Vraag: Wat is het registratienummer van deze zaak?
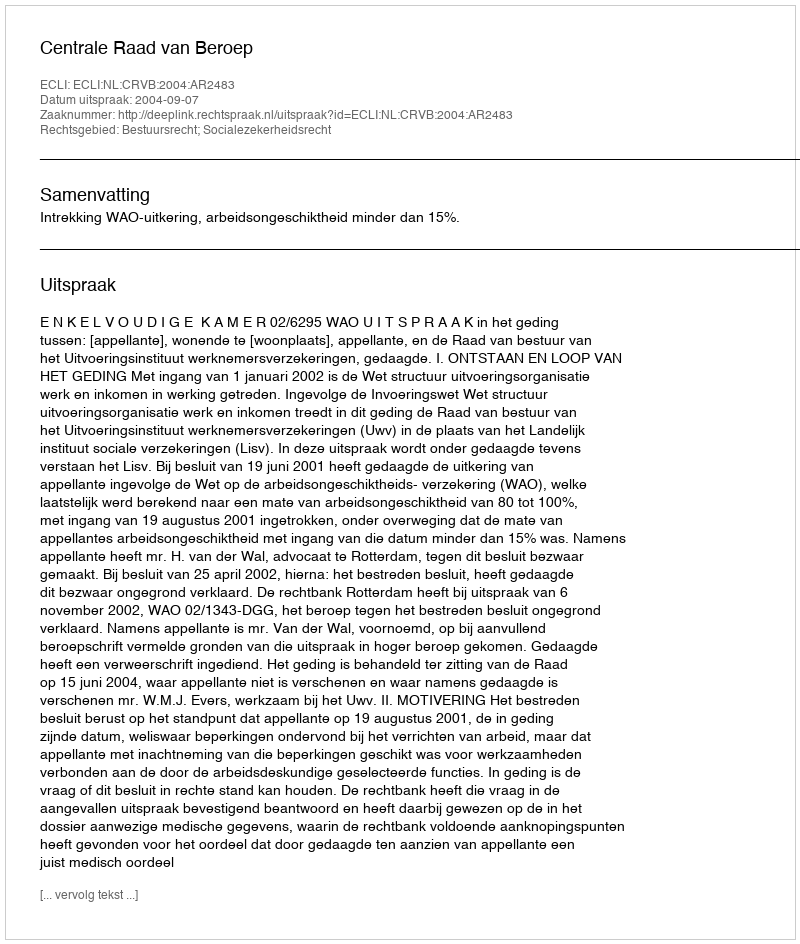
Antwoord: http://deeplink.rechtspraak.nl/uitspraak?id=ECLI:NL:CRVB:2004:AR2483